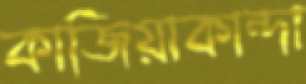
কাজিয়াকান্দা